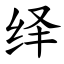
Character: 绎